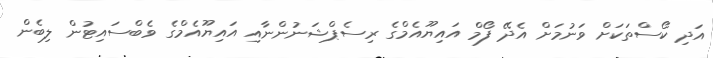
އަދި ކޯސްތަކަށް ވަނުމަށް އެދޭ ފޯމް އައިޔޫއެމްގެ ރިސެޕްޝަނުންނާއި އައިޔޫއެމްގެ ވެބްސައިޓުން ލިބެން